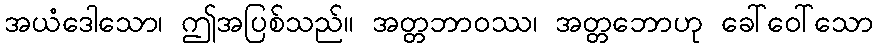
အယံဒေါသော၊ ဤအပြစ်သည်။ အတ္တဘာဝဿ၊ အတ္တဘောဟု ခေါ်ဝေါ်သော